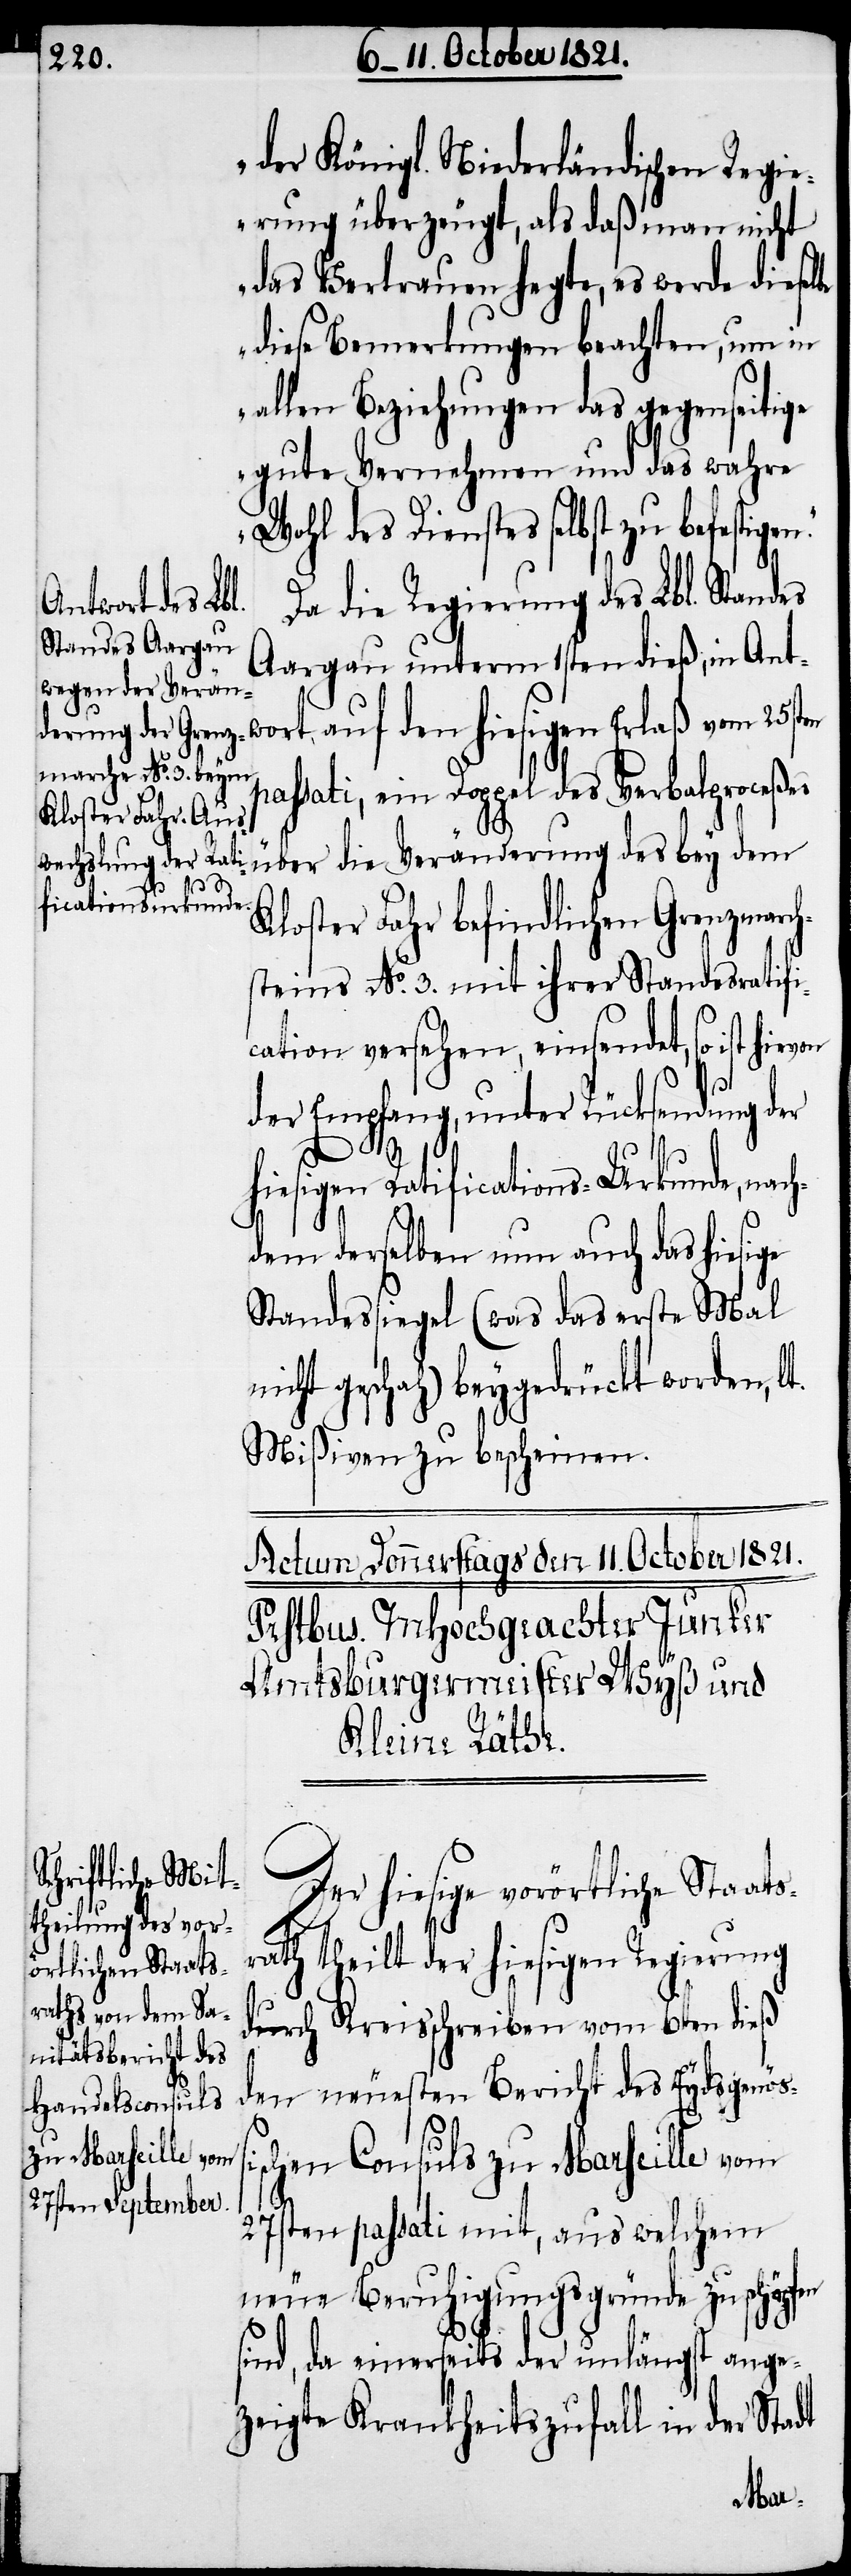
der Königl. Niederländischen Regi¬
erung überzeugt, als daß man nicht
das Vertrauen hegte, es werde diesel¬
diese Bemerkungen beachten, um in
allen Beziehungen das gegenseitige
gute Vernehmen und das wahre
Wohl des Dienstes selbst zu befestig¬
Da die Regierung des Lbl. Standes
Aargau unterm 1sten dieß, in Ant¬
assati, ein Doppel des Verbalproceßes
über die Veränderung des bey dem
Kloster Fahr befindlichen Grenzmarch¬
steins No. 3. mit ihrer Standesratifi¬
cation versehen, einsendet, so ist
der Empfang, unter Rücksendung der
hiesigen Ratifications-Urkunde, nach¬
dem derselben nun auch das hiesige
Standessiegel (was das erste mal
icht geschah) beygedrückt worden,
Mißiven zu bescheinen.
Der hiesige vorörtliche Staats¬
s¬
rath theilt der hiesigen Regierung
durch Kreisschreiben vom 6ten dieß
den neuesten Bericht des Eydsgenößi¬
chen Consuls zu Marseille vom
27sten passati mit, aus welchem
neue Beruhigungsgründe zu schöpfen
sind, da einerseits der unlängst ange¬
zeigte Krankheitsfall in der Stadt
Erlaß